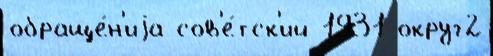
обраще́н'иjа сов'е́тск'ий 1931 округ2